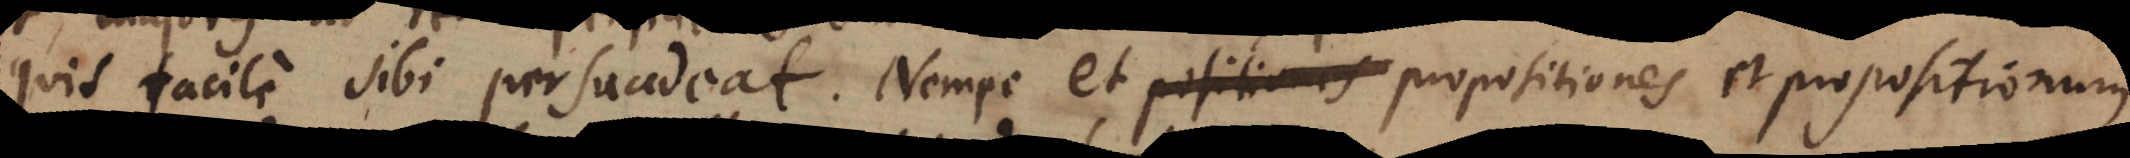
quis facile sibi persuadeat. Nempe et positiones propositiones et propositionum